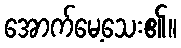
အောက်မေ့သေး၏။